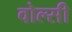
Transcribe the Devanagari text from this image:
वोल्सी